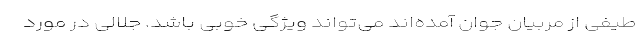
طیفی از مربیان جوان آمده‌اند می‌تواند ویژگی خوبی باشد. جلالی در مورد